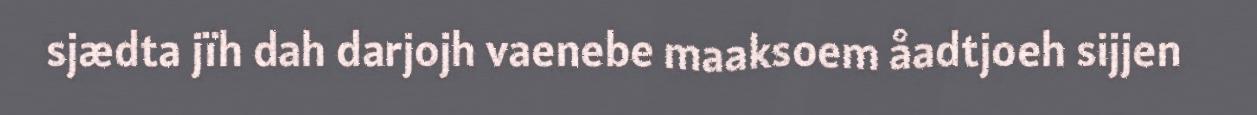
sjædta jïh dah darjojh vaenebe maaksoem åadtjoeh sijjen